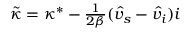
\begin{array} { r } { \tilde { \kappa } = \kappa ^ { * } - \frac { 1 } { 2 \beta } ( \hat { v } _ { s } - \hat { v } _ { i } ) i } \end{array}